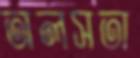
অলসতা